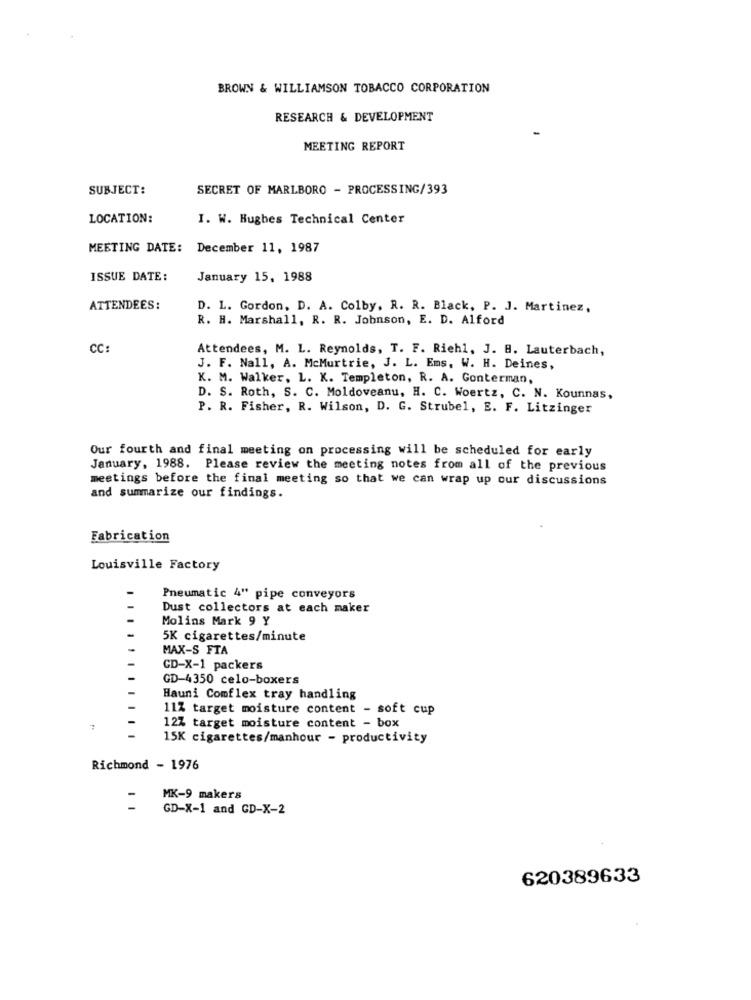
BROWN & WILLIAMSON TOBACCO CORPORATION
RESEARCH & DEVELOPMENT
MEETING REPORT
SUBJECT:
SECRET OF MARLBORO - PROCESSING/393
LOCATION:
I. W. Hughes Technical Center
MEETING DATE:
December 11, 1987
ISSUE DATE:
January 15, 1988
ATTENDEES:
D. L. Gordon, D. A. Colby. R. R. Black, P. J. Martinez,
R. H. Marshall, R. R. Johnson, E. D. Alford
CC:
Attendees, M. L. Reynolds, T. F. Riehl, J. B. Lauterbach,
J. F. Nall, A. McMurtrie, J. L. Ems. W. H. Deines,
K. M. Walker. L. K. Templeton, R. A. Gonterman,
D. S. Roth, S. C. Moldoveanu, H. C. Woertz, C. N. Kounnas,
P. R. Fisher, R. Wilson, D. G. Strubel, E. F. Litzinger
Our fourth and final meeting on processing will be scheduled for early
January, 1988. Please review the meeting notes from all of the previous
meetings before the final meeting so that we can wrap up our discussions
and summarize our findings.
Fabrication
Louisville Factory
Pneumatic 4" pipe conveyors
Dust collectors at each maker
Molins Mark 9 Y
5K cigarettes/minute
MAX-S FTA
CD-X-1 packers
GD-4350 celo-boxers
Hauni Comflex tray handling
11% target moisture content - soft cup
12Z target moisture content - box
15K cigarettes/manhour - productivity
Richmond - 1976
MK-9 makers
GD-X-1 and GD-X-2
620389633